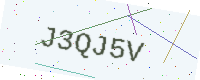
Text: J3QJ5V